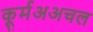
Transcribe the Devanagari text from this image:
कूर्मअअचल